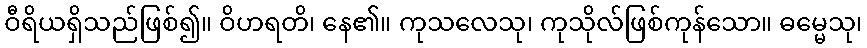
ဝီရိယရှိသည်ဖြစ်၍။ ဝိဟရတိ၊ နေ၏။ ကုသလေသု၊ ကုသိုလ်ဖြစ်ကုန်သော။ ဓမ္မေသု၊